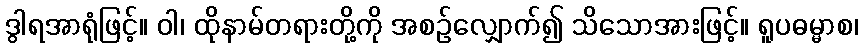
ဒွါရအာရုံဖြင့်။ ဝါ၊ ထိုနာမ်တရားတို့ကို အစဉ်လျှောက်၍ သိသောအားဖြင့်။ ရူပဓမ္မာစ၊